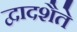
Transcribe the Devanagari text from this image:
द्वादशैते